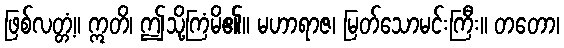
ဖြစ်လတ္တံ့။ ဣတိ၊ ဤသို့ကြံမိ၏။ မဟာရာဇ၊ မြတ်သောမင်းကြီး။ တတော၊